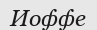
Иоффе